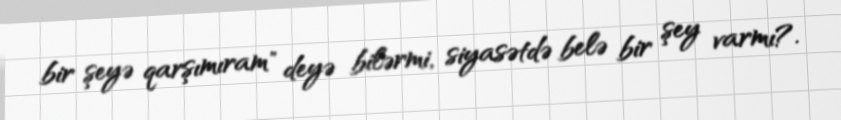
bir şeyə qarşımıram" deyə bilərmi, siyasətdə belə bir şey varmı?.